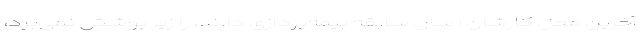
آخرین محل کارشان ۱ سال سابقه بیمه‌پردازی دارند، را زیر پوشش نمی‌برد،